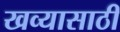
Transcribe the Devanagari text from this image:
खव्यासाठी